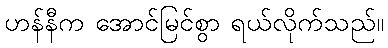
ဟန်နီက အောင်မြင်စွာ ရယ်လိုက်သည်။